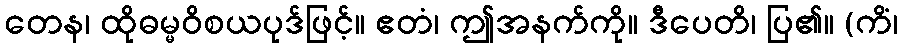
တေန၊ ထိုဓမ္မဝိစယပုဒ်ဖြင့်။ ဧတံ၊ ဤအနက်ကို။ ဒီပေတိ၊ ပြ၏။ (ကိံ၊